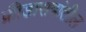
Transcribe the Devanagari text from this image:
क्रीडासत्रांतील